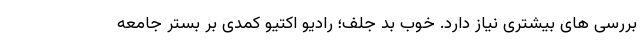
بررسی های بیشتری نیاز دارد. خوب بد جلف؛ رادیو اکتیو کمدی بر بستر جامعه